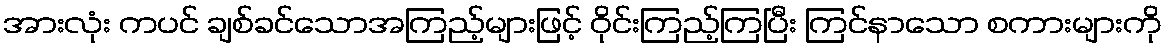
အားလုံး ကပင် ချစ်ခင်သောအကြည့်များဖြင့် ဝိုင်းကြည့်ကြပြီး ကြင်နာသော စကားများကို